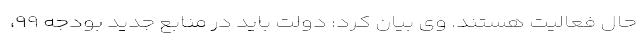
حال فعالیت هستند. وی بیان کرد: دولت باید در منابع جدید بودجه ۹۹،